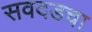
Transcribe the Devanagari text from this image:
सवदडचा